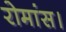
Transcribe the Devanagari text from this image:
रोमांस।